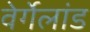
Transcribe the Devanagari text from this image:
वेर्गेलांड